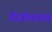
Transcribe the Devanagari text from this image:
दियोलगावं